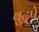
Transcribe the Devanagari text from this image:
बुढ़पे